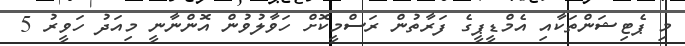
މި ޕެޓިޝަންތަކާއި އެމްޑީޕީގެ ފަރާތުން ރަސްމީކޮށް ހަވާލުވުން އޮންނާނީ މިއަދު ހަވީރު 5